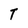
Character: T